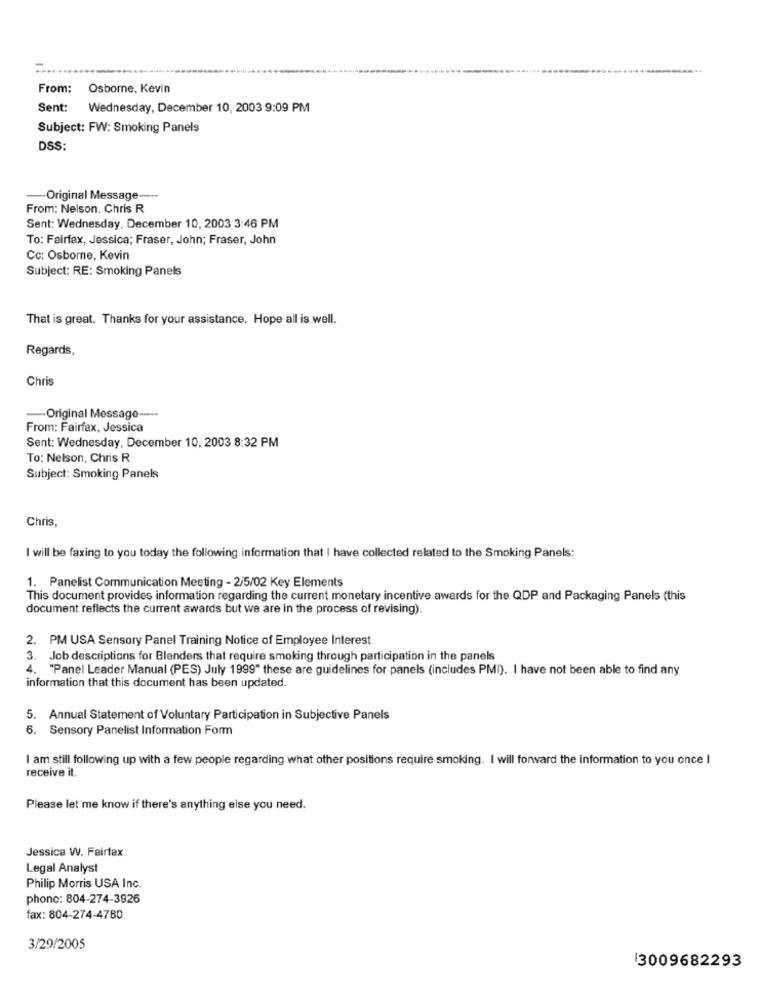
From:
Osborne, Kevin
Sent:
Wednesday, December 10, 2003 9:09 PM
Subject: FW: Smoking Panels
DSS:
-- Original Message ---
From: Nelson. Chris R
Sent: Wednesday, December 10, 2003 3:46 PM
To: Fairfax, Jessica; Fraser, John; Fraser, John
Cc: Osborne, Kevin
Subject: RE: Smoking Panels
That is great. Thanks for your assistance. Hope all is well.
Regards,
Chris
-Original Message ---
From: Fairfax, Jessica
Sent: Wednesday, December 10, 2003 8:32 PM
To: Nelson, Chris R
Subject: Smoking Panels
Chris,
I will be faxing to you today the following information that I have collected related to the Smoking Panels:
1. Panelist Communication Meeting - 2/5/02 Key Elements
This document provides information regarding the current monetary incentive awards for the QDP and Packaging Panels (this
document reflects the current awards but we are in the process of revising).
2. PM USA Sensory Panel Training Notice of Employee Interest
3. Job descriptions for Blenders that require smoking through participation in the panels
4. "Panel Leader Manual (PES) July 1999" these are guidelines for panels (includes PMI). I have not been able to find any
information that this document has been updated.
5. Annual Statement of Voluntary Participation in Subjective Panels
6. Sensory Panelist Information Form
I am still following up with a few people regarding what other positions require smoking. I will forward the information to you once I
receive it.
Please let me know if there's anything else you need.
Jessica W. Fairfax
Legal Analyst
Philip Morris USA Inc.
phone: 804-274-3926
fax: 804-274-4780
3/29/2005
3009682293